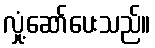
လှုံ့ဆော်ပေးသည်။